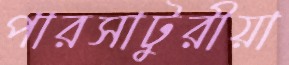
পারসাটুরীয়া